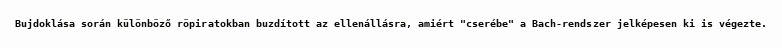
Bujdoklása során különböző röpiratokban buzdított az ellenállásra, amiért "cserébe" a Bach-rendszer jelképesen ki is végezte.